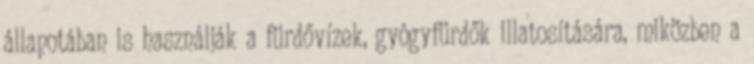
állapotában is használják a fürdővízek, gyógyfürdők illatosítására, miközben a